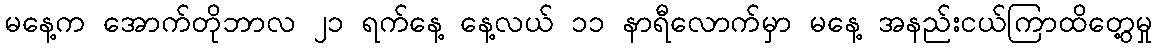
မနေ့က အောက်တိုဘာလ ၂၁ ရက်နေ့ နေ့လယ် ၁၁ နာရီလောက်မှာ မနေ့ အနည်းငယ်ကြာထိတွေ့မှု